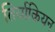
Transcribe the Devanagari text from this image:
तिर्याकियन